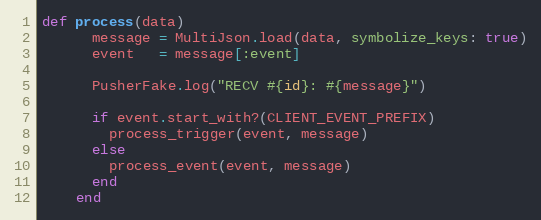
Language: Ruby
def process(data)
      message = MultiJson.load(data, symbolize_keys: true)
      event   = message[:event]

      PusherFake.log("RECV #{id}: #{message}")

      if event.start_with?(CLIENT_EVENT_PREFIX)
        process_trigger(event, message)
      else
        process_event(event, message)
      end
    end